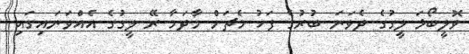
ވޮލީބޯޅަ ލީގުގެ ދެވަނަ ބުރުގެ ފަހު މެޗަށް މާދަމާ ރޭ ލީގުގެ އެއްވަނައިގައި